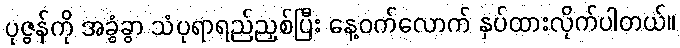
ပုဇွန်ကို အခွံခွာ သံပုရာရည်ညှစ်ပြီး နေ့ဝက်လောက် နှပ်ထားလိုက်ပါတယ်။